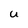
Character: u